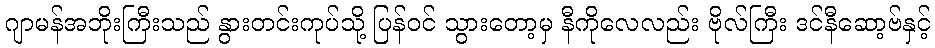
ဂျာမန်အဘိုးကြီးသည် နွားတင်းကုပ်သို့ ပြန်ဝင် သွားတော့မှ နီကိုလေလည်း ဗိုလ်ကြီး ဒင်နီဆော့ဗ်နှင့်